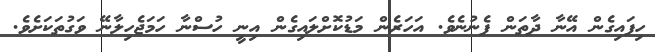
ހިފައިގެން އޭނާ ދާތަން ފެނުނެވެ. އަހަރެން މަޑުކޮށްލައިގެން އިނީ ހުސްނާ ހަމަޖެހިލާނޭ ވަގުތަކަށެވެ.